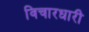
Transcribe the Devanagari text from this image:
विचारधारी